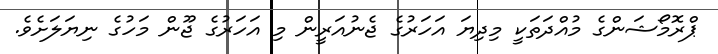
ޕްރޮމޯޝަންގެ މުއްދަތަކީ މިދިޔަ އަހަރުގެ ޖެނުއަރީން މި އަހަރުގެ ޖޫން މަހުގެ ނިޔަލަށެވެ.